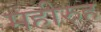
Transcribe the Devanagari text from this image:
महीरुह